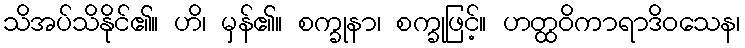
သိအပ်သိနိုင်၏။ ဟိ၊ မှန်၏။ စက္ခုနာ၊ စက္ခုဖြင့်။ ဟတ္ထဝိကာရာဒိဝသေန၊